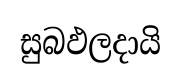
සුබඵලදායි